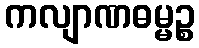
ကလျာဏဓမ္မဉ္စ